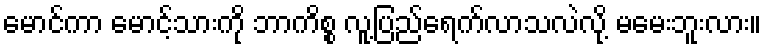
မောင်ကာ မောင့်သားကို ဘာကိစ္စ လူ့ပြည်ရေက်လာသလဲလို့ မမေးဘူးလား။